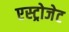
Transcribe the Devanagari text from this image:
एस्‍ट्रोजेट